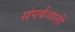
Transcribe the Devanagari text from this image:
संपर्कवाली